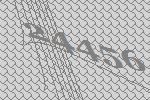
24456